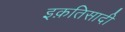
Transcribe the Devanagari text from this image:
इक़तिसादी